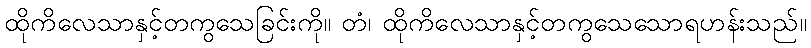
ထိုကိလေသာနှင့်တကွသေခြင်းကို။ တံ၊ ထိုကိလေသာနှင့်တကွသေသောရဟန်းသည်။